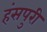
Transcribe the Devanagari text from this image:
हंसपुरी